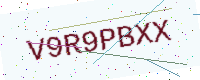
Text: V9R9PBXX